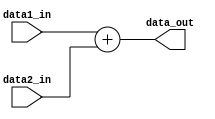
module Adder(data1_in,data2_in,data_out);
input [31:0] data1_in;
input [31:0] data2_in;
output [31:0] data_out;

assign data_out = data1_in + data2_in;

endmodule